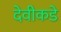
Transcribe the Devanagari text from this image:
देवीकडे